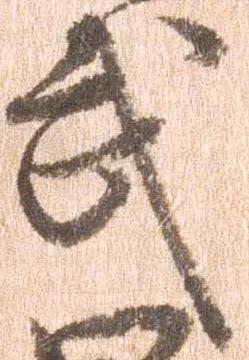
武